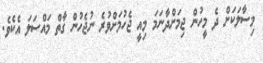
މިސާލަކަށް ދެ މީހުން ޖިމަށްދާނަމަ މިއީ ޖެހުމަށްވުރެ ނުޖެހުން ގާތް މައްސަލަ އެކެވެ.